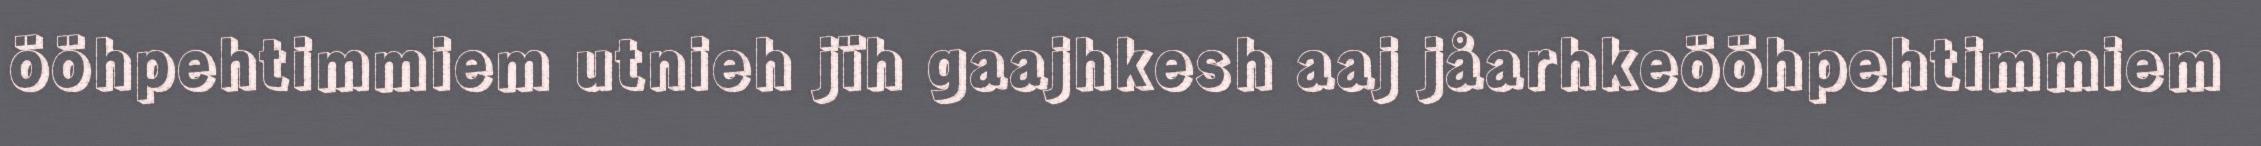
ööhpehtimmiem utnieh jïh gaajhkesh aaj jåarhkeööhpehtimmiem